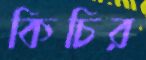
কিচির